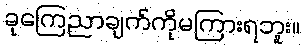
ခုကြေညာချက်ကိုမကြားရဘူး။